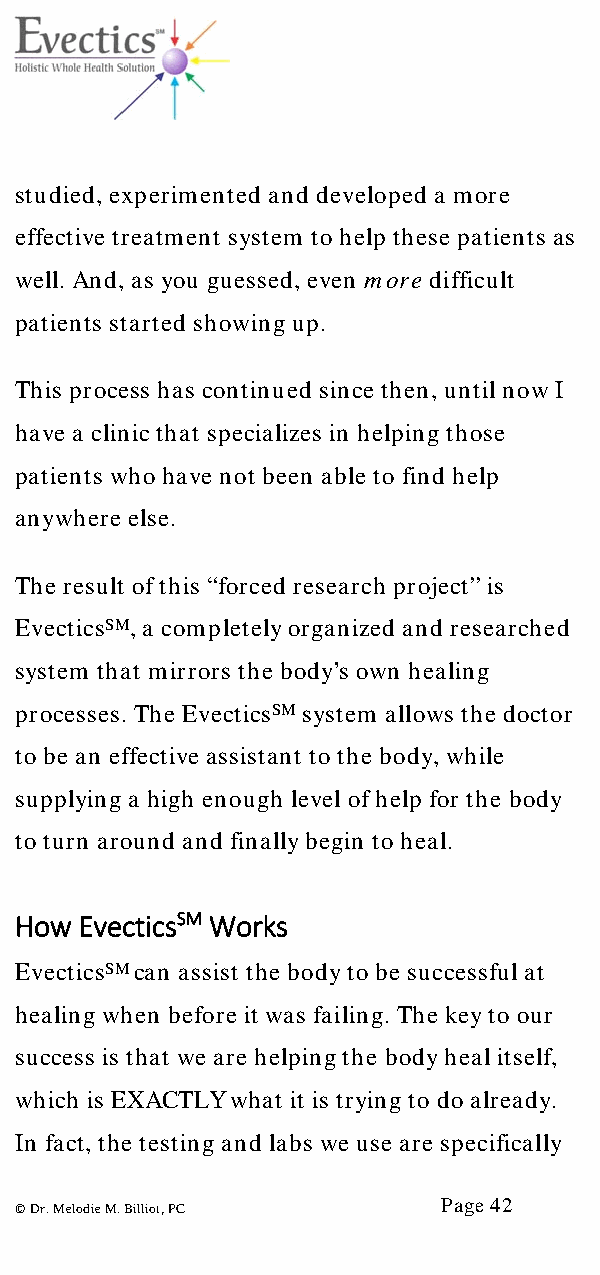
studied, experimented and developed a more
 effective treatment system to help these patients as
 well. And, as you guessed, even more difficult
 patients started showing up.
 This process has continued since then, until now I
 have a clinic that specializes in helping those
 patients who have not been able to find help
 anywhere else.
 The result of this “forced research project” is
 EvecticsSM, a completely organized and researched
 system that mirrors the body’s own healing
 processes. The EvecticsSM system allows the doctor
 to be an effective assistant to the body, while
 supplying a high enough level of help for the body
 to turn around and finally begin to heal.
 How EvecticsSM Works
 EvecticsSM can assist the body to be successful at
 healing when before it was failing. The key to our
 success is that we are helping the body heal itself,
 which is EXACTLY what it is trying to do already.
 In fact, the testing and labs we use are specifically
 Page 42
 © Dr. Melodie M. Billiot, PC